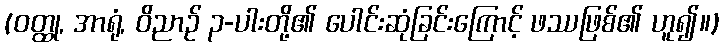
(ဝတ္ထု, အာရုံ, ဝိညာဉ် ၃-ပါးတို့၏ ပေါင်းဆုံခြင်းကြောင့် ဖဿဖြစ်၏ ဟူ၍။)